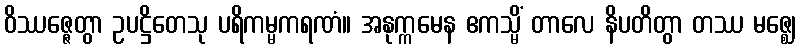
ဝိဿဇ္ဇေတွာ ဥပဋ္ဌိတေသု ပရိကမ္မကရဏံ။ အနုက္ကမေန ဧကသ္မိံ တာလေ နိပတိတွာ တဿ မဇ္ဈေ